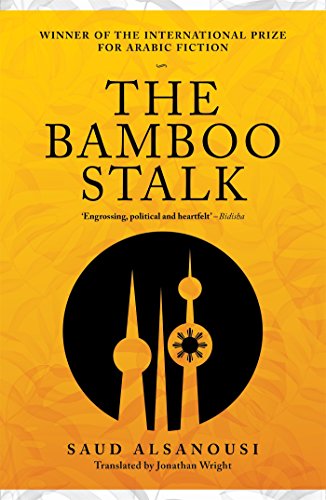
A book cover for The Bamboo Stalk; Saud Alsanousi; Literature & Fiction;